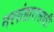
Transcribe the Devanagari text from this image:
नरसंहारासाठी